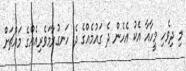
މި ދިވެހި މީހާއާ އެކު އެހެން ދެ ގައުމެއްގެ ދެ ހަނގުރާމަވެރިއެއްގެ މައްޗަށް